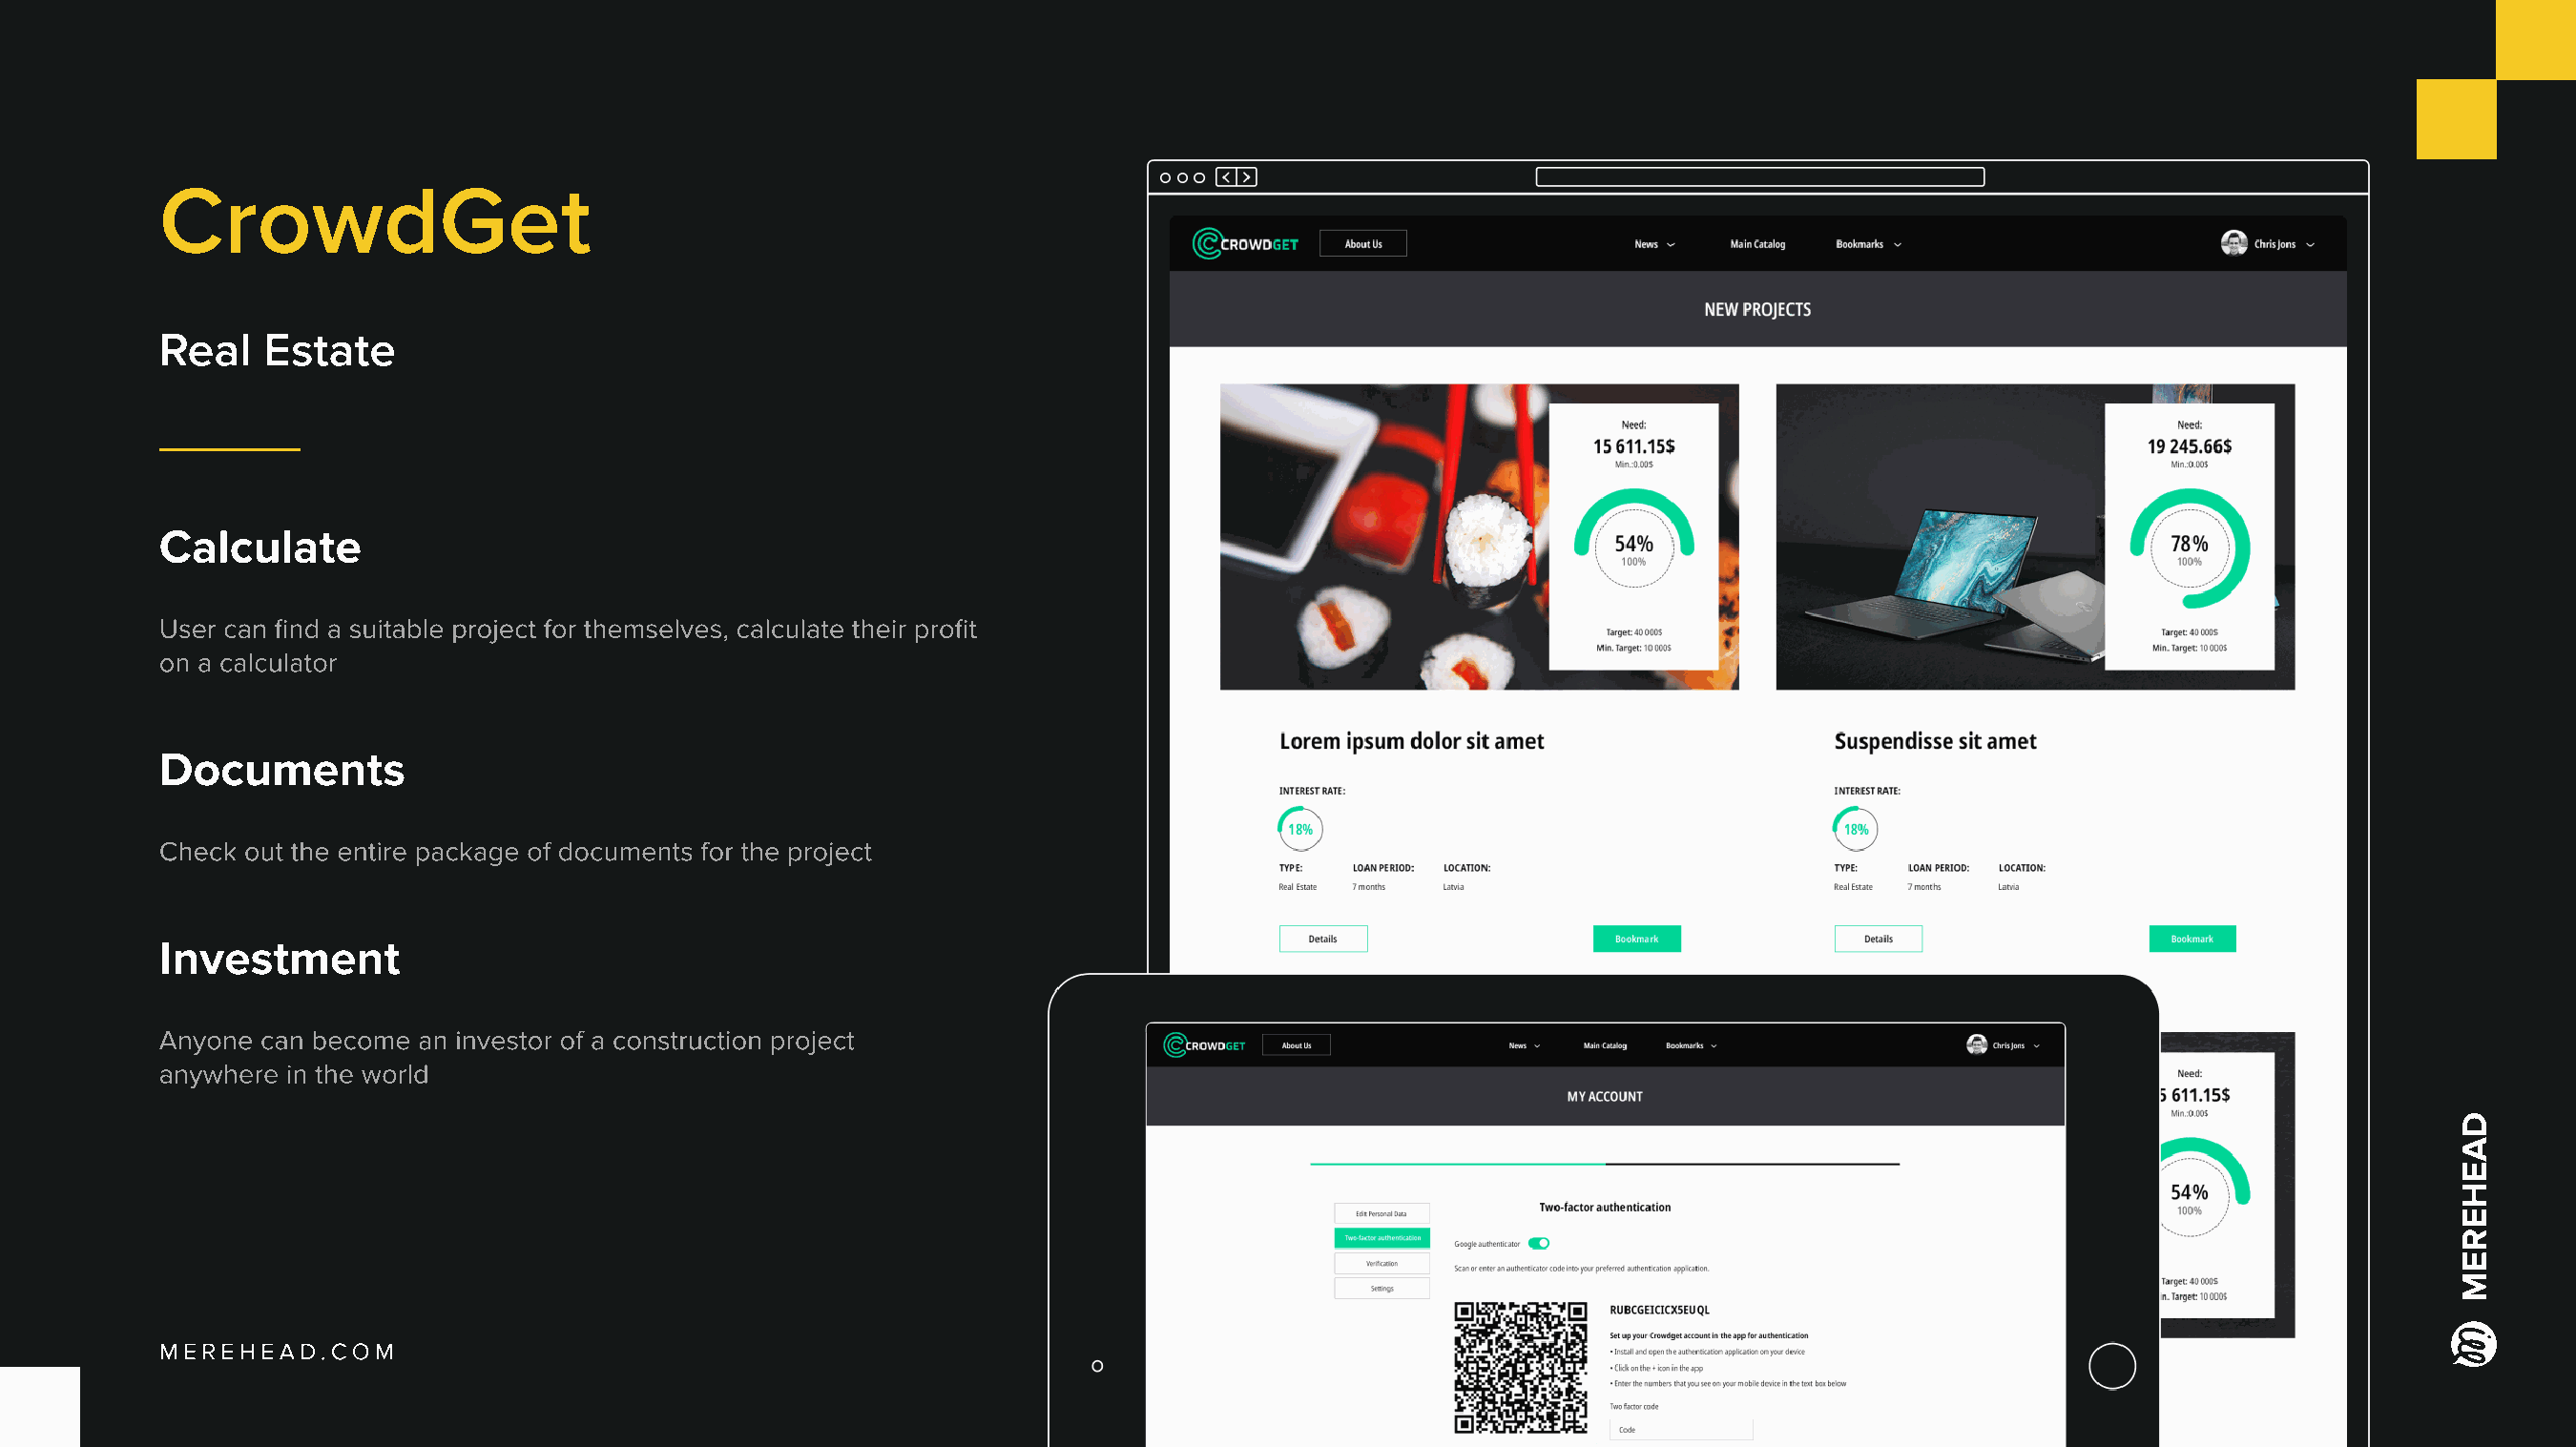
CrowdGet
 Real   Estate
 Calculate
 User can find a suitable project for themselves, calculate their profit
 on a calculator
 Documents
 Check out the entire package of documents for the project
 Investment
 Anyone can become an investor of a construction project
 anywhere in the world
 Merehead.com